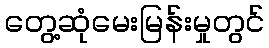
တွေ့ဆုံမေးမြန်းမှုတွင်